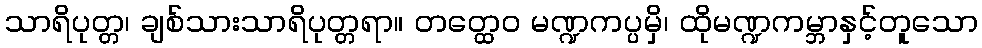
သာရိပုတ္တ၊ ချစ်သားသာရိပုတ္တရာ။ တတ္ထေဝ မဏ္ဍကပ္ပမှိ၊ ထိုမဏ္ဍကမ္ဘာနှင့်တူသော